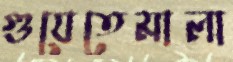
গুয়েতেমালা